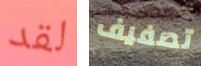
لقد تصفيف